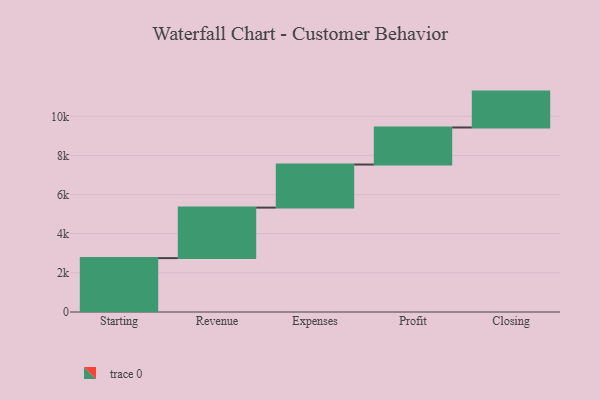
{"axis": {"x": "Step", "y": "Value"}, "legend": [""], "data": [{"x": "Starting", "y": 2754.0, "type": ""}, {"x": "Revenue", "y": 2581.0, "type": ""}, {"x": "Expenses", "y": 2202.0, "type": ""}, {"x": "Profit", "y": 1894.0, "type": ""}, {"x": "Closing", "y": 1833.0, "type": ""}]}